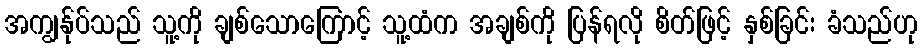
အကျွန်ုပ်သည် သူ့ကို ချစ်သောကြောင့် သူ့ထံက အချစ်ကို ပြန်ရလို စိတ်ဖြင့် နှစ်ခြင်း ခံသည်ဟု